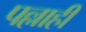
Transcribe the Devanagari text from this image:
पल्लाही